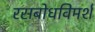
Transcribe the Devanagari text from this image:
रसबोधविमर्श